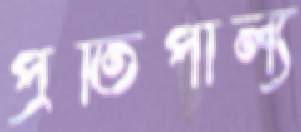
প্রতিপাল্য